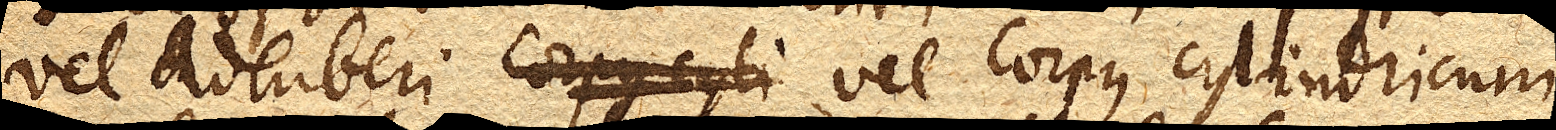
vel adhiberi Corpus cyli vel corpus cylindricum